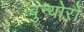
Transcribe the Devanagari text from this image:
बुन्योरो